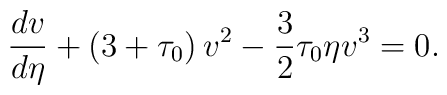
\frac{dv}{d\eta} + \left( 3 + \tau_0 \right) v^2 - \frac32 \tau_0\eta v^3 = 0.